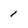
Character: 1